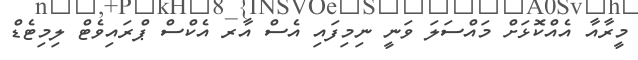
މީރާއާ އެއްކޮޅަށް މައްސަލަ ވަނީ ނިމިފައި އެސް އާރ އެކްސް ޕްރައިވެޓް ލިމިޓެޑް